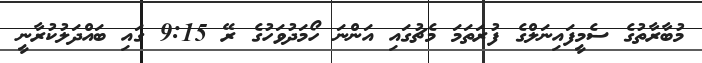
މުބާރާތުގެ ސެމީފައިނަލްގެ ފުރަތަމަ މެޗުގައި އަންނަ ހޯމަދުވަހުގެ ރޭ 9:15 ގައި ބައްދަލުކުރާނީ